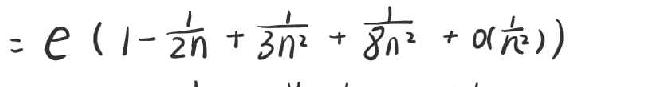
$=e\left(1-\frac{2}{n}+\frac{3}{n^{2}}+\frac{8}{n^{3}}+\alpha\left(\frac{r}{n^{2}}\right)\right)$